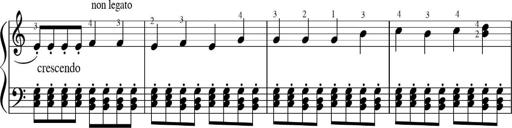
Title: Sonatinas
Composer: Andrew Violette